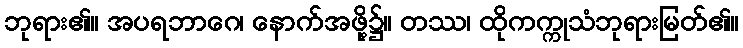
ဘုရား၏။ အပရဘာဂေ၊ နောက်အဖို့၌။ တဿ၊ ထိုကက္ကုသံဘုရားမြတ်၏။